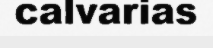
calvarias